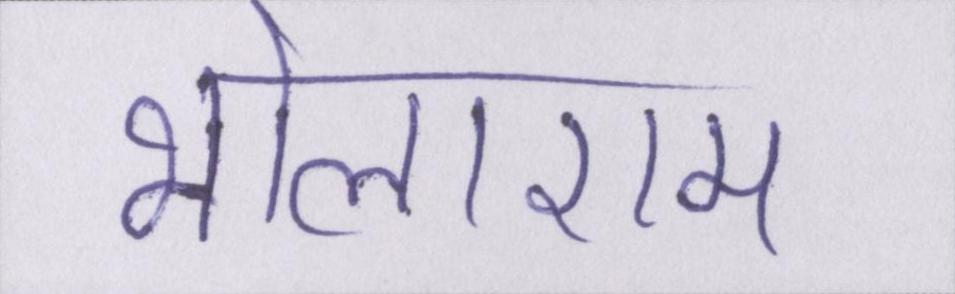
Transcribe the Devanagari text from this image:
भोलाराम